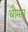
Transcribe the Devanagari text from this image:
थौमस्